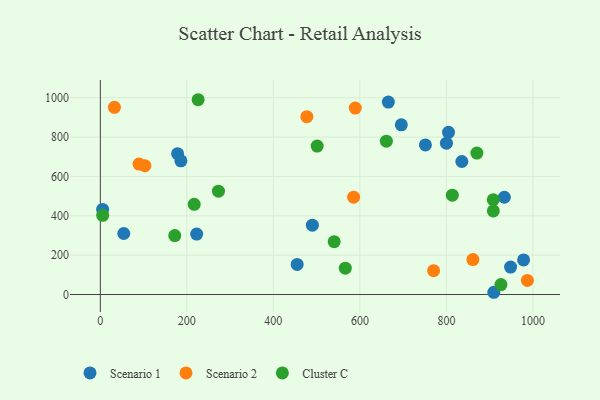
{"axis": {"x": "Engine Size", "y": "Salary"}, "legend": ["Cluster C", "Scenario 1", "Scenario 2"], "data": [{"x": "948.4", "y": 139.3, "type": "Scenario 1"}, {"x": "751.5", "y": 759.9, "type": "Scenario 1"}, {"x": "695.8", "y": 862.4, "type": "Scenario 1"}, {"x": "909.6", "y": 11.4, "type": "Scenario 1"}, {"x": "800.1", "y": 769.2, "type": "Scenario 1"}, {"x": "978.4", "y": 176.0, "type": "Scenario 1"}, {"x": "490.2", "y": 352.3, "type": "Scenario 1"}, {"x": "186.3", "y": 679.5, "type": "Scenario 1"}, {"x": "5.3", "y": 432.4, "type": "Scenario 1"}, {"x": "54.2", "y": 310.0, "type": "Scenario 1"}, {"x": "933.9", "y": 494.2, "type": "Scenario 1"}, {"x": "835.7", "y": 676.0, "type": "Scenario 1"}, {"x": "222.7", "y": 306.9, "type": "Scenario 1"}, {"x": "804.9", "y": 824.4, "type": "Scenario 1"}, {"x": "455.0", "y": 152.9, "type": "Scenario 1"}, {"x": "178.6", "y": 715.9, "type": "Scenario 1"}, {"x": "665.8", "y": 977.8, "type": "Scenario 1"}, {"x": "89.4", "y": 662.6, "type": "Scenario 2"}, {"x": "770.4", "y": 121.0, "type": "Scenario 2"}, {"x": "477.4", "y": 903.6, "type": "Scenario 2"}, {"x": "102.9", "y": 654.8, "type": "Scenario 2"}, {"x": "585.5", "y": 494.4, "type": "Scenario 2"}, {"x": "32.6", "y": 951.2, "type": "Scenario 2"}, {"x": "987.2", "y": 71.8, "type": "Scenario 2"}, {"x": "589.3", "y": 947.4, "type": "Scenario 2"}, {"x": "861.3", "y": 177.4, "type": "Scenario 2"}, {"x": "926.1", "y": 50.4, "type": "Cluster C"}, {"x": "813.7", "y": 505.0, "type": "Cluster C"}, {"x": "172.0", "y": 299.3, "type": "Cluster C"}, {"x": "566.3", "y": 133.7, "type": "Cluster C"}, {"x": "501.3", "y": 754.5, "type": "Cluster C"}, {"x": "217.0", "y": 458.4, "type": "Cluster C"}, {"x": "226.1", "y": 989.8, "type": "Cluster C"}, {"x": "870.5", "y": 718.6, "type": "Cluster C"}, {"x": "540.6", "y": 268.6, "type": "Cluster C"}, {"x": "908.5", "y": 424.8, "type": "Cluster C"}, {"x": "5.4", "y": 402.5, "type": "Cluster C"}, {"x": "273.1", "y": 524.9, "type": "Cluster C"}, {"x": "661.2", "y": 779.3, "type": "Cluster C"}, {"x": "908.3", "y": 481.6, "type": "Cluster C"}]}